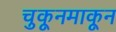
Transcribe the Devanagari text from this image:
चुकूनमाकून